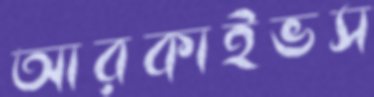
আরকাইভস